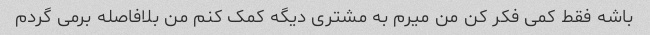
باشه فقط کمی فکر کن من میرم به مشتری دیگه کمک کنم من بلافاصله برمی گردم